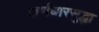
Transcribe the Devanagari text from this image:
कर्णधारसुद्धा